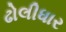
ઢોલીધાર